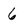
Character: 6